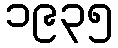
၁၉၃၅